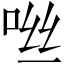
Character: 咝